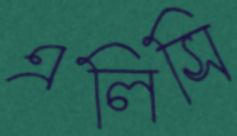
এলিসি